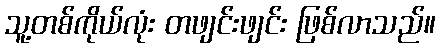
သူ့တစ်ကိုယ်လုံး တဖျင်းဖျင်း ဖြစ်လာသည်။